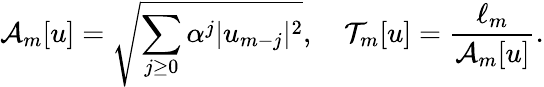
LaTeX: \mathcal{A}_{m}[u]=\sqrt{\sum_{j\ge 0}{\alpha^{j}|u_{m-j}|^{2}}},\quad\mathcal{T}_{m}[u]=\frac{\ell_{m}}{\mathcal{A}_{m}[u]}.